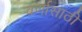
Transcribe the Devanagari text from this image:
वर्णासाठी